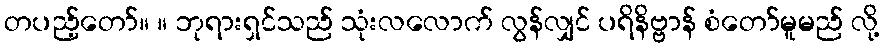
တပည့်တော်။ ။ ဘုရားရှင်သည် သုံးလလောက် လွန်လျှင် ပရိနိဗ္ဗာန် စံတော်မူမည် လို့